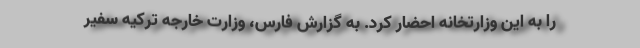
را به این وزارتخانه احضار کرد. به گزارش فارس، وزارت خارجه ترکیه سفیر